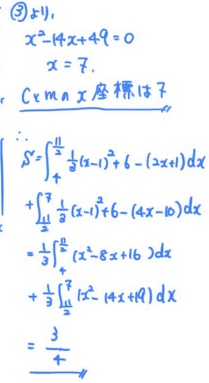
由\(\textcircled{3}\)可得，\(x^{2}-14x + 49 = 0\)，解得\(x = 7\)。\(C\) 的 \(x\) 坐标是 \(7\)。
\(\therefore S=\int_{4}^{\frac{11}{2}}\left(\frac{1}{3}(x - 1)^{2}+6-(2x + 1)\right)dx+\int_{\frac{11}{2}}^{7}\left(\frac{1}{3}(x - 1)^{2}+6-(4x - 10)\right)dx\)
\(=\frac{1}{3}\int_{4}^{\frac{11}{2}}(x^{2}-8x + 16)dx+\frac{1}{3}\int_{\frac{11}{2}}^{7}(x^{2}-14x + 49)dx=\frac{3}{4}\)